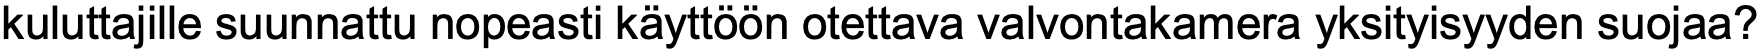
kuluttajille suunnattu nopeasti käyttöön otettava valvontakamera yksityisyyden suojaa?